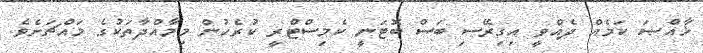
ޚާއްޞަ ކަމެއް ދެއްވީ އިގިރޭސި ބަސް ބޮޓަނީ ކެމިސްޓްރީ ކުރެހުން މިމާއްދާތަކުގެ މައްޗަށެވެ.